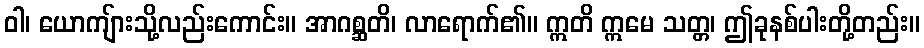
ဝါ၊ ယောကျ်ားသို့လည်းကောင်း။ အာဂစ္ဆတိ၊ လာရောက်၏။ ဣတိ ဣမေ သတ္တ၊ ဤခုနစ်ပါးတို့တည်း။